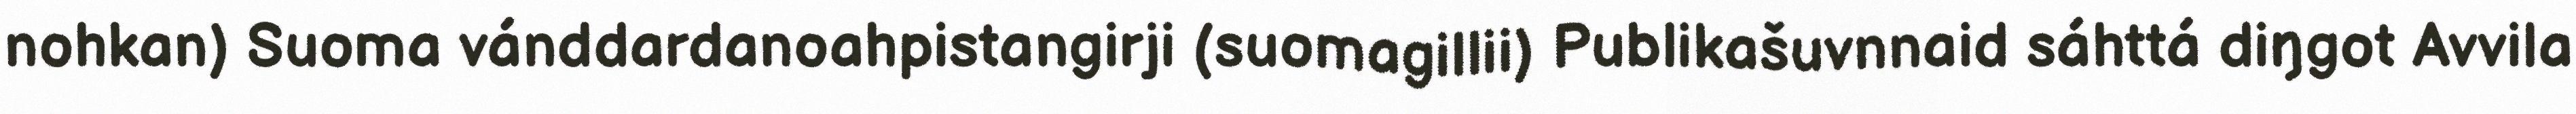
nohkan) Suoma vánddardanoahpistangirji (suomagillii) Publikašuvnnaid sáhttá diŋgot Avvila